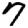
Digit: 7